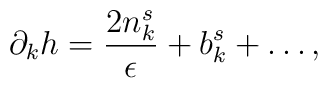
\partial_{k}h=\frac{2n_{k}^{s}}{\epsilon}+b_{k}^{s} + \dots,